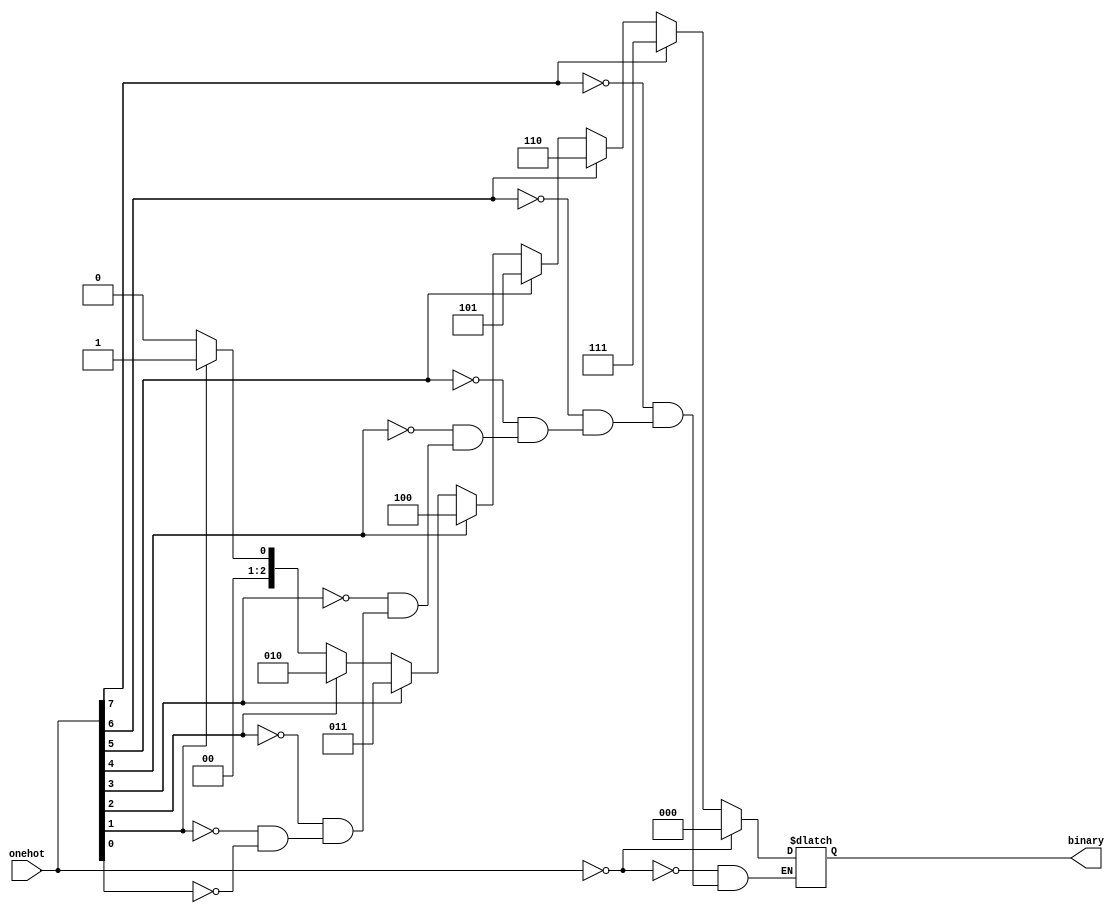
module encoder
#(
    parameter OH_WIDTH = 8,
    parameter B_WIDTH = 3
)
(
    input [OH_WIDTH-1:0] onehot,
    output reg [B_WIDTH-1:0] binary
);

integer i;
always @(onehot) begin
    for (i = 0; i < OH_WIDTH; i = i + 1) begin
        if (onehot[i])
            binary = i;
    end
    if (onehot == 0)
        binary = 0;
end

endmodule